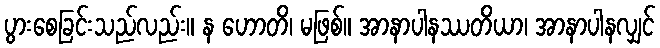
ပွားစေခြင်းသည်လည်း။ န ဟောတိ၊ မဖြစ်။ အာနာပါနဿတိယာ၊ အာနာပါနလျှင်